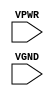
module sky130_fd_sc_hs__tapvgnd (
    VPWR,
    VGND
);

    // Module ports
    input VPWR;
    input VGND;
     // No contents.
endmodule